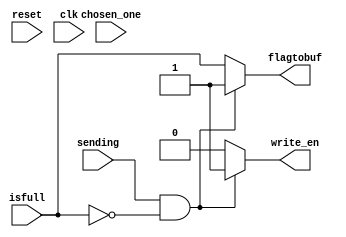
// Input control for every buffer
// Last updated: 10/21/2023
// What it does -
// Controls the controls required by the input buffer - write_en and flag

module input_control (write_en, flagtobuf, isfull, sending, chosen_one, reset, clk);

	output reg write_en;	// going to write_en of the ip buffer
	output reg flagtobuf;	// going to the isfull reg in ip buffer

	input isfull;		// coming from the input buffer
	input sending;		// coming from outside the router
	input chosen_one;	// coming from the arbiter
	input reset;
	input clk;

	always @* begin
		write_en = 0;
		flagtobuf = isfull;
		if ((sending) & ~(isfull)) begin	// if someone is sending the data to ipbuf and it is empty
			write_en = 1;
			flagtobuf = 1;
		end
//		if (chosen_one & (isfull)) 			// if chosen_one to read, and has data then make it empty
//			flagtobuf = 0;
	end

endmodule